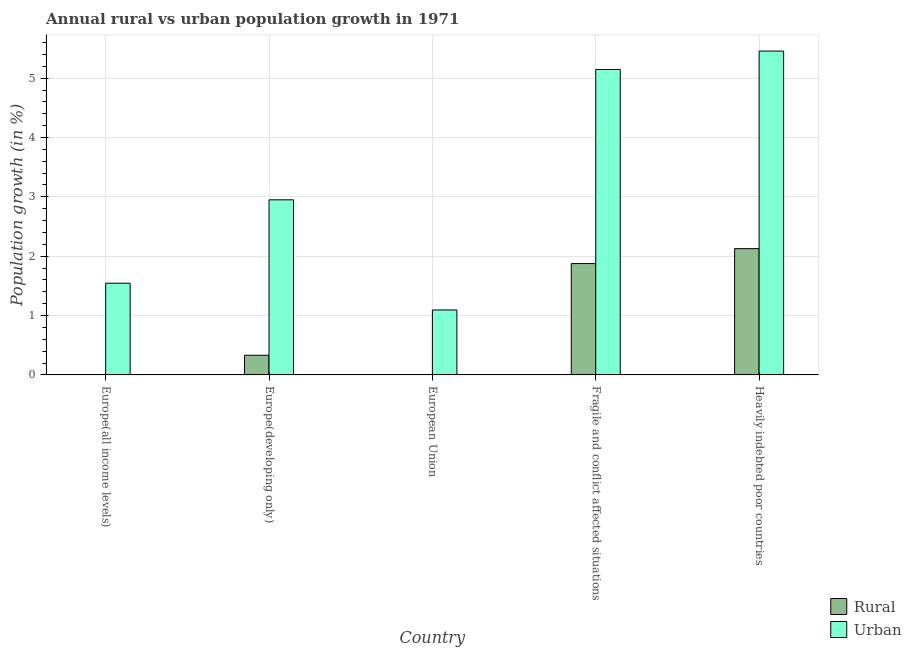
| Country | Rural | Urban  |
 | --- | --- | --- |
 | Europe(all income levels) | -0.448 | 1.55 |
 | Europe(developing only) | 0.331 | 2.95 |
 | European Union | -0.574 | 1.09 |
 | Fragile and conflict affected situations | 1.88 | 5.15 |
 | Heavily indebted poor countries | 2.13 | 5.46 |